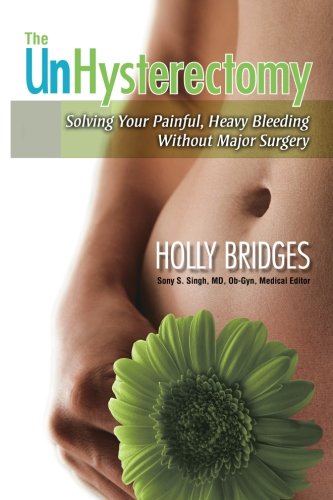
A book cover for The UnHysterectomy: Solving Your Painful, Heavy Bleeding Without Major Surgery; Holly Bridges; Health, Fitness & Dieting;